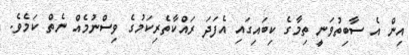
އިން އެ ސާބިތުވަނީ ތިމާގެ ކިބައިގައި އެފަދަ ރައްކާތެރިކަމުގެ ވިސްނުމެއް ނެތް ކަމެވެ.